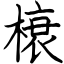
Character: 榱